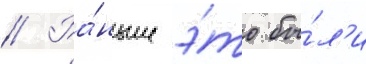
// Ра́ньше э́то бы́л'и